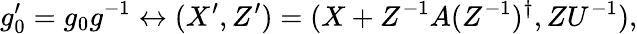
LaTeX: g_{0}^{\prime}=g_{0}g^{-1}\leftrightarrow(X^{\prime},Z^{\prime})=(X+Z^{-1}A(Z^{-1})^{\dagger},ZU^{-1}),